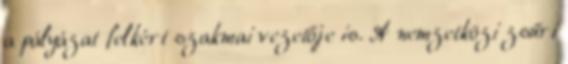
a pályázat felkért szakmai vezetője is. A nemzetközi zsűri